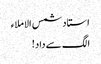
استاد شمس الاملاء
الگ سے داد!